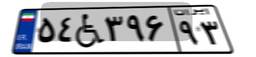
۵۴W۳۹۶۹۳